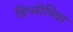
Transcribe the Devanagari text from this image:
डिप्लोपिया